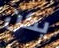
يكن